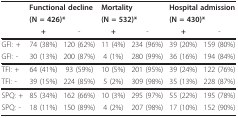
|  | <COLSPAN=2> Functional decline | <COLSPAN=2> Mortality | <COLSPAN=2> Hospital admission |
 |  | <COLSPAN=2> (N = 426)* | <COLSPAN=2> (N = 532)* | <COLSPAN=2> (N = 430)* |
 |  | + | - | + | - | + | - |
 | --- | --- | --- | --- | --- | --- | --- |
 | GFI: + | 74 (38%) | 120 (62%) | 11 (4%) | 234 (96%) | 39 (20%) | 159 (80%) |
 | GFI: - | 30 (13%) | 200 (87%) | 4 (1%) | 280 (99%) | 36 (16%) | 194 (84%) |
 | TFI: + | 64 (41%) | 93 (59%) | 10 (5%) | 201 (95%) | 39 (24%) | 122 (76%) |
 | TFI: - | 39 (15%) | 224 (85%) | 5 (2%) | 309 (98%) | 35 (13%) | 228 (87%) |
 | SPQ: + | 85 (34%) | 162 (66%) | 10 (3%) | 295 (97%) | 55 (22%) | 195 (78%) |
 | SPQ: - | 18 (11%) | 150 (89%) | 4 (2%) | 207 (98%) | 17 (10%) | 152 (90%) |